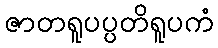
ဇာတရူပပ္ပတိရူပကံ